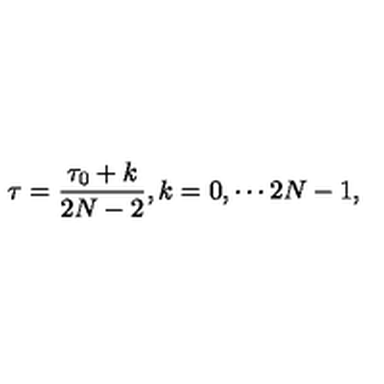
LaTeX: \tau = \frac { \tau _ { 0 } + k } { 2 N - 2 } , k = 0 , \cdots 2 N - 1 ,